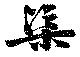
渠